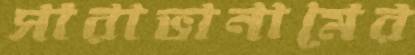
সারাভানামের